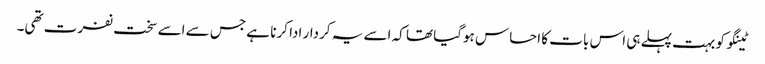
ٹینگو کو بہت پہلے ہی اس بات کا احساس ہوگیا تھا کہ اسے یہ کردار ادا کرنا ہے جس سے اسے سخت نفرت تھی۔